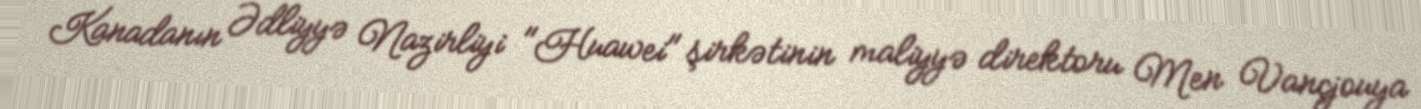
Kanadanın Ədliyyə Nazirliyi "Huawei" şirkətinin maliyyə direktoru Men Vançjouya